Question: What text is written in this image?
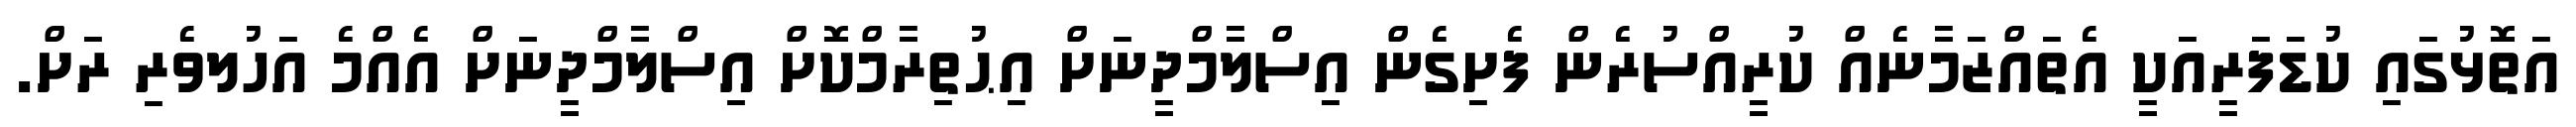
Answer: އަތޮޅުގައި ކުޑަފަރީއަކީ އެތައްޒަމާނެއް ކުރީއްސުރެން ފެށިގެން އިސްލާމްދީނަށް އިޙުތިރާމްކޮށް އިސްލާމްދީނަށް އެއްމެ އަހުލވެރި ރަށް.